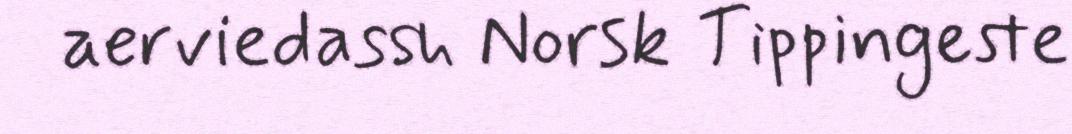
aerviedassh Norsk Tippingeste